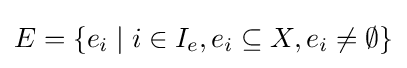
E=\lbrace e_{i}\mid i\in I_{e},e_{i}\subseteq X,e_{i}\neq \emptyset \rbrace